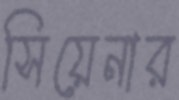
সিয়েনার